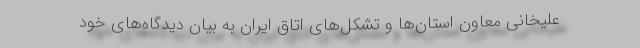
علیخانی معاون استان‌ها و تشکل‌های اتاق ایران به بیان دیدگاه‌های خود